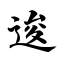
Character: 逡